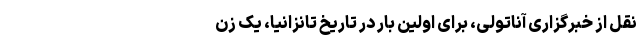
نقل از خبرگزاری آناتولی، برای اولین بار در تاریخ تانزانیا، یک زن